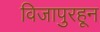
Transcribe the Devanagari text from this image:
विजापुरहून